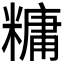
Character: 𫃍